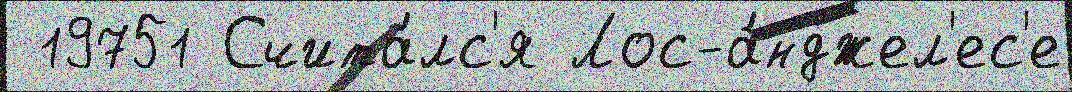
 19751 Счита́лс'я Лос-а́нджел'ес'е